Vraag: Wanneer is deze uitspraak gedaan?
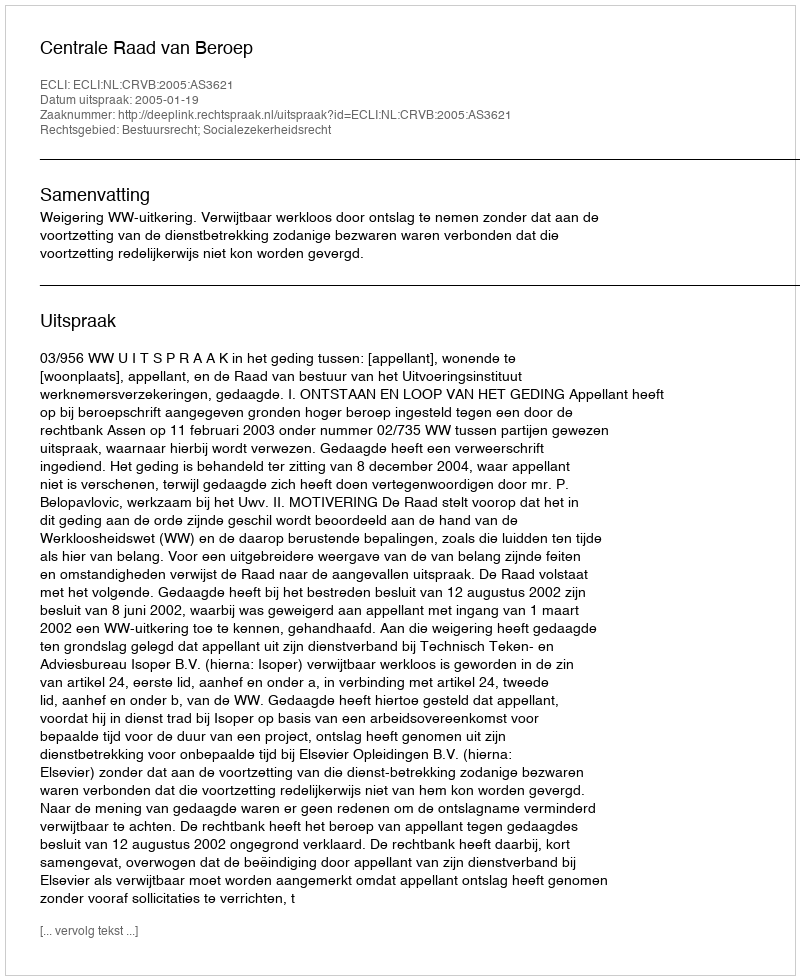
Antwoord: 2005-01-19